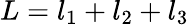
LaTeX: L=l_{1}+l_{2}+l_{3}